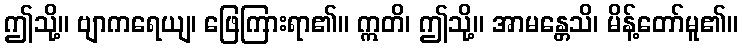
ဤသို့။ ဗျာကရေယျ၊ ဖြေကြားရာ၏။ ဣတိ၊ ဤသို့။ အာမန္တေသိ၊ မိန့်တော်မူ၏။